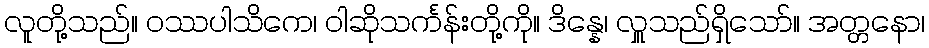
လူတို့သည်။ ဝဿပါသိကေ၊ ဝါဆိုသင်္ကန်းတို့ကို။ ဒိန္နေ၊ လှူသည်ရှိသော်။ အတ္တနော၊